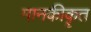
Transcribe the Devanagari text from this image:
मानकीकॄत